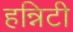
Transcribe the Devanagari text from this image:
हन्निटी